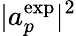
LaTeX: |a_{p}^{\mathrm{exp}}|^{2}